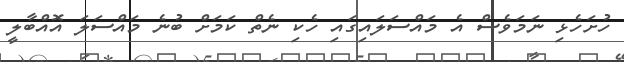
ހުށަހެޅި ނަމަވެސް އެ މައްސަލައިގައި ހެކި ނެތް ކަމަށް ބުނެ މައްސަލަ އޮއްބާލީ